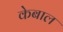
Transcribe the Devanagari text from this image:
केबाल